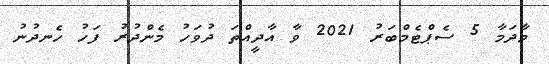
މާދަމާ 5 ސެޕްޓެމްބަރު 2021 ވާ އާދީއްތަ ދުވަހު މެންދުރު ފަހު ހެނދުނު